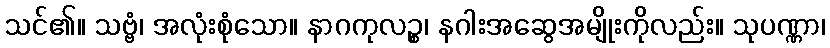
သင်၏။ သဗ္ဗံ၊ အလုံးစုံသော။ နာဂကုလဉ္စ၊ နဂါးအဆွေအမျိုးကိုလည်း။ သုပဏ္ဏာ၊